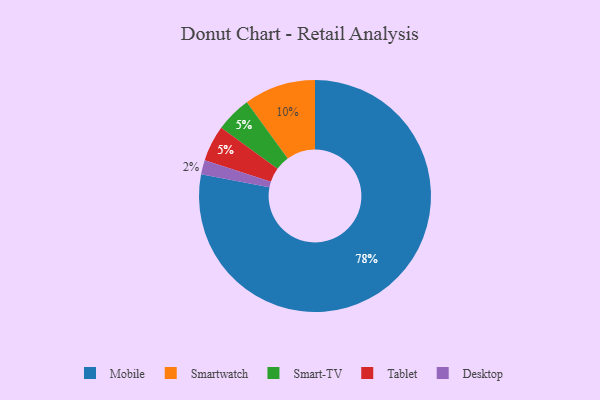
{"axis": {"x": "Category", "y": "Percentage"}, "legend": ["Desktop", "Mobile", "Smart-TV", "Smartwatch", "Tablet"], "data": [{"x": "Smart-TV", "y": 5, "type": "Smart-TV"}, {"x": "Tablet", "y": 5, "type": "Tablet"}, {"x": "Mobile", "y": 78, "type": "Mobile"}, {"x": "Desktop", "y": 2, "type": "Desktop"}, {"x": "Smartwatch", "y": 10, "type": "Smartwatch"}]}